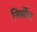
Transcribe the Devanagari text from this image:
निर्लोभ